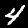
Label: 4